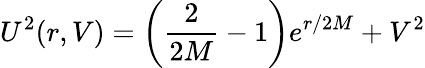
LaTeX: U^{2}(r,V)=\left(\frac{2}{2M}-1\right)e^{r/2M}+V^{2}